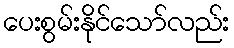
ပေးစွမ်းနိုင်သော်လည်း